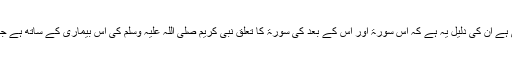
آپؓ لکھتے ہیں کہ ‘‘جو لوگ اس بات کے حق میں ہیں کہ یہ سورۃ مدنی ہے ان کی دلیل یہ ہے کہ اس سورۃ اور اس کے بعد کی سورۃ کا تعلق نبی کریم صلی اللہ علیہ وسلم کی اس بیماری کے ساتھ ہے جس میں یہ سمجھا گیا تھا کہ یہود کی طرف سے آپؐ پر جادو کیا گیا ہے۔